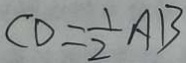
C D = \frac { 1 } { 2 } A B